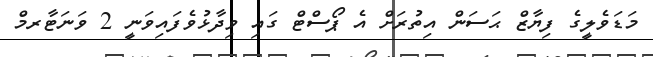
މަޑަވެލީގެ ފިޔާޒް ޙަސަން އިތުރަށް އެ ޕޯސްޓް ގައި ވިދާޅުވެފައިވަނީ 2 ވަނަޓާރމް